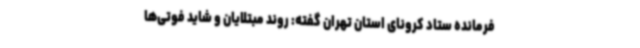
فرمانده ستاد کرونای استان تهران گفته: روند مبتلایان و شاید فوتی‌ها